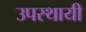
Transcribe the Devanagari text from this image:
उपस्थायी